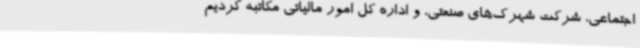
اجتماعی، شرکت شهرک‌های صنعتی، و اداره کل امور مالیاتی مکاتبه کردیم